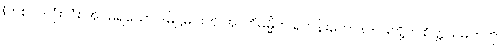
(တစ်လလုံးလုံး အိပ်မရသော ဒမိဋ္ဌမင်းကို အာဘိဓမ္မိက ရဟန်းတော် ၈-ပါးတို့က စိတ္တယမတကို